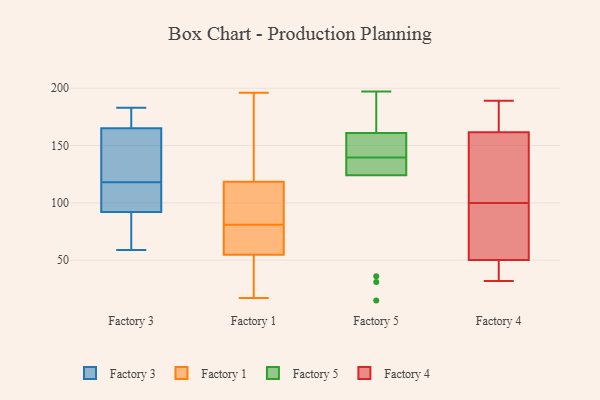
{"axis": {"x": "Headcount", "y": "Value"}, "legend": ["Factory 1", "Factory 3", "Factory 4", "Factory 5"], "data": [{"x": "", "y": 167, "type": "Factory 3"}, {"x": "", "y": 92, "type": "Factory 3"}, {"x": "", "y": 183, "type": "Factory 3"}, {"x": "", "y": 165, "type": "Factory 3"}, {"x": "", "y": 124, "type": "Factory 3"}, {"x": "", "y": 59, "type": "Factory 3"}, {"x": "", "y": 151, "type": "Factory 3"}, {"x": "", "y": 112, "type": "Factory 3"}, {"x": "", "y": 99, "type": "Factory 3"}, {"x": "", "y": 60, "type": "Factory 3"}, {"x": "", "y": 81, "type": "Factory 1"}, {"x": "", "y": 165, "type": "Factory 1"}, {"x": "", "y": 43, "type": "Factory 1"}, {"x": "", "y": 80, "type": "Factory 1"}, {"x": "", "y": 49, "type": "Factory 1"}, {"x": "", "y": 17, "type": "Factory 1"}, {"x": "", "y": 117, "type": "Factory 1"}, {"x": "", "y": 77, "type": "Factory 1"}, {"x": "", "y": 74, "type": "Factory 1"}, {"x": "", "y": 38, "type": "Factory 1"}, {"x": "", "y": 49, "type": "Factory 1"}, {"x": "", "y": 119, "type": "Factory 1"}, {"x": "", "y": 72, "type": "Factory 1"}, {"x": "", "y": 97, "type": "Factory 1"}, {"x": "", "y": 88, "type": "Factory 1"}, {"x": "", "y": 113, "type": "Factory 1"}, {"x": "", "y": 196, "type": "Factory 1"}, {"x": "", "y": 185, "type": "Factory 1"}, {"x": "", "y": 135, "type": "Factory 1"}, {"x": "", "y": 124, "type": "Factory 5"}, {"x": "", "y": 137, "type": "Factory 5"}, {"x": "", "y": 158, "type": "Factory 5"}, {"x": "", "y": 137, "type": "Factory 5"}, {"x": "", "y": 15, "type": "Factory 5"}, {"x": "", "y": 197, "type": "Factory 5"}, {"x": "", "y": 142, "type": "Factory 5"}, {"x": "", "y": 126, "type": "Factory 5"}, {"x": "", "y": 36, "type": "Factory 5"}, {"x": "", "y": 165, "type": "Factory 5"}, {"x": "", "y": 161, "type": "Factory 5"}, {"x": "", "y": 174, "type": "Factory 5"}, {"x": "", "y": 31, "type": "Factory 5"}, {"x": "", "y": 148, "type": "Factory 5"}, {"x": "", "y": 100, "type": "Factory 4"}, {"x": "", "y": 157, "type": "Factory 4"}, {"x": "", "y": 50, "type": "Factory 4"}, {"x": "", "y": 149, "type": "Factory 4"}, {"x": "", "y": 133, "type": "Factory 4"}, {"x": "", "y": 163, "type": "Factory 4"}, {"x": "", "y": 99, "type": "Factory 4"}, {"x": "", "y": 186, "type": "Factory 4"}, {"x": "", "y": 74, "type": "Factory 4"}, {"x": "", "y": 44, "type": "Factory 4"}, {"x": "", "y": 127, "type": "Factory 4"}, {"x": "", "y": 178, "type": "Factory 4"}, {"x": "", "y": 49, "type": "Factory 4"}, {"x": "", "y": 51, "type": "Factory 4"}, {"x": "", "y": 50, "type": "Factory 4"}, {"x": "", "y": 168, "type": "Factory 4"}, {"x": "", "y": 74, "type": "Factory 4"}, {"x": "", "y": 32, "type": "Factory 4"}, {"x": "", "y": 189, "type": "Factory 4"}]}